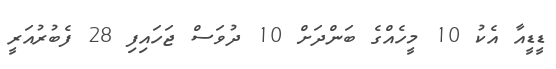
ޑީޑީއާ އެކު 10 މީހެއްގެ ބަންދަށް 10 ދުވަސް ޖަހައިފި 28 ފެބުރުއަރީ